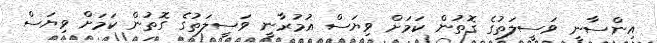
އިންސާނީ ވަސީލަތުގެ ގޮތުން ކަމަށް ވިޔަސް އުމުރާނީ ވަސީލަތުގެ ގޮތުން ކަމަށް ވިޔަސް